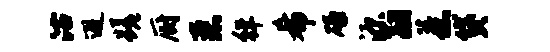
沽避蹉厨恶徉希碌源翮惹贷